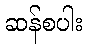
ဆန်စပါး